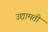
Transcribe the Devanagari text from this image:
उद्यामती